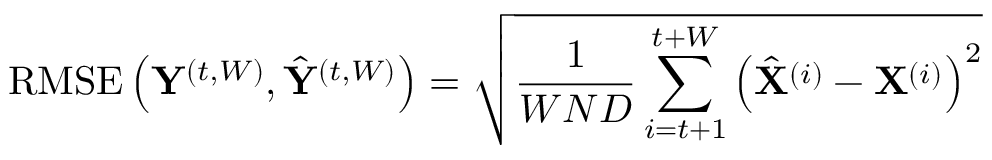
\operatorname { R M S E } \left( \mathbf { Y } ^ { ( t , W ) } , \hat { \mathbf { Y } } ^ { ( t , W ) } \right) = \sqrt { \frac { 1 } { W N D } \sum _ { i = t + 1 } ^ { t + W } \left( \hat { \mathbf { X } } ^ { ( i ) } - \mathbf { X } ^ { ( i ) } \right) ^ { 2 } }